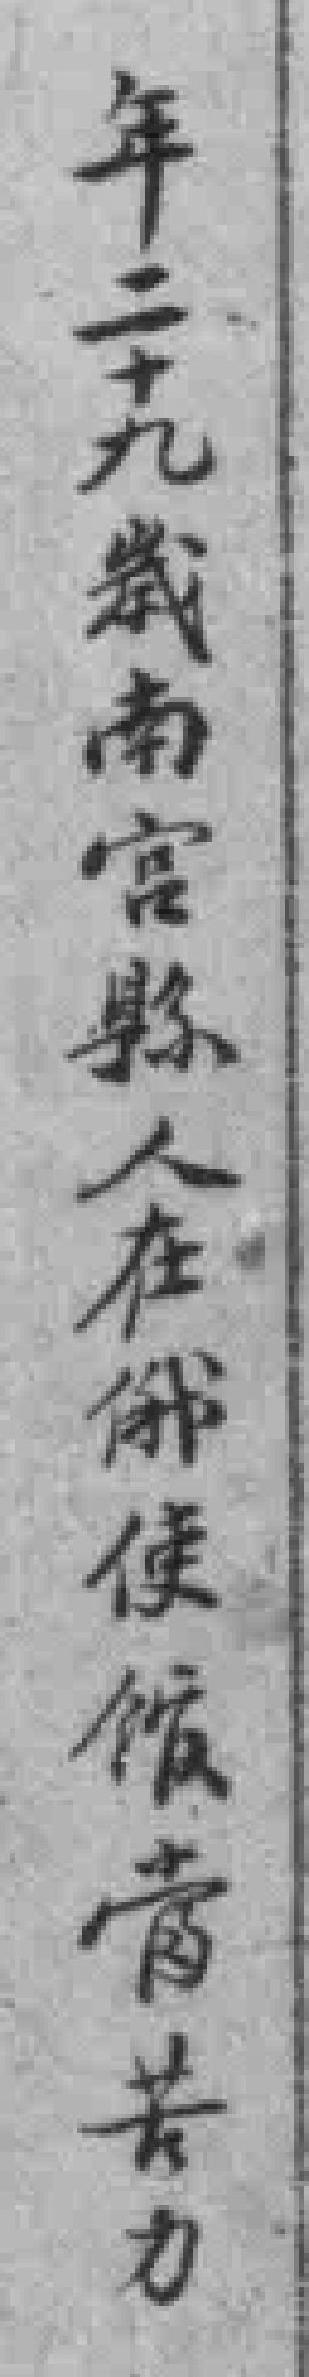
年二十九歲南官縣人在俄使館當苦力